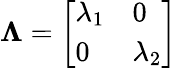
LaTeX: \begin{array}{r}{\mathbf{\Lambda}=\left[\begin{array}{ll}{\lambda_{1}}&{0}\\ {0}&{\lambda_{2}}\end{array}\right]}\end{array}